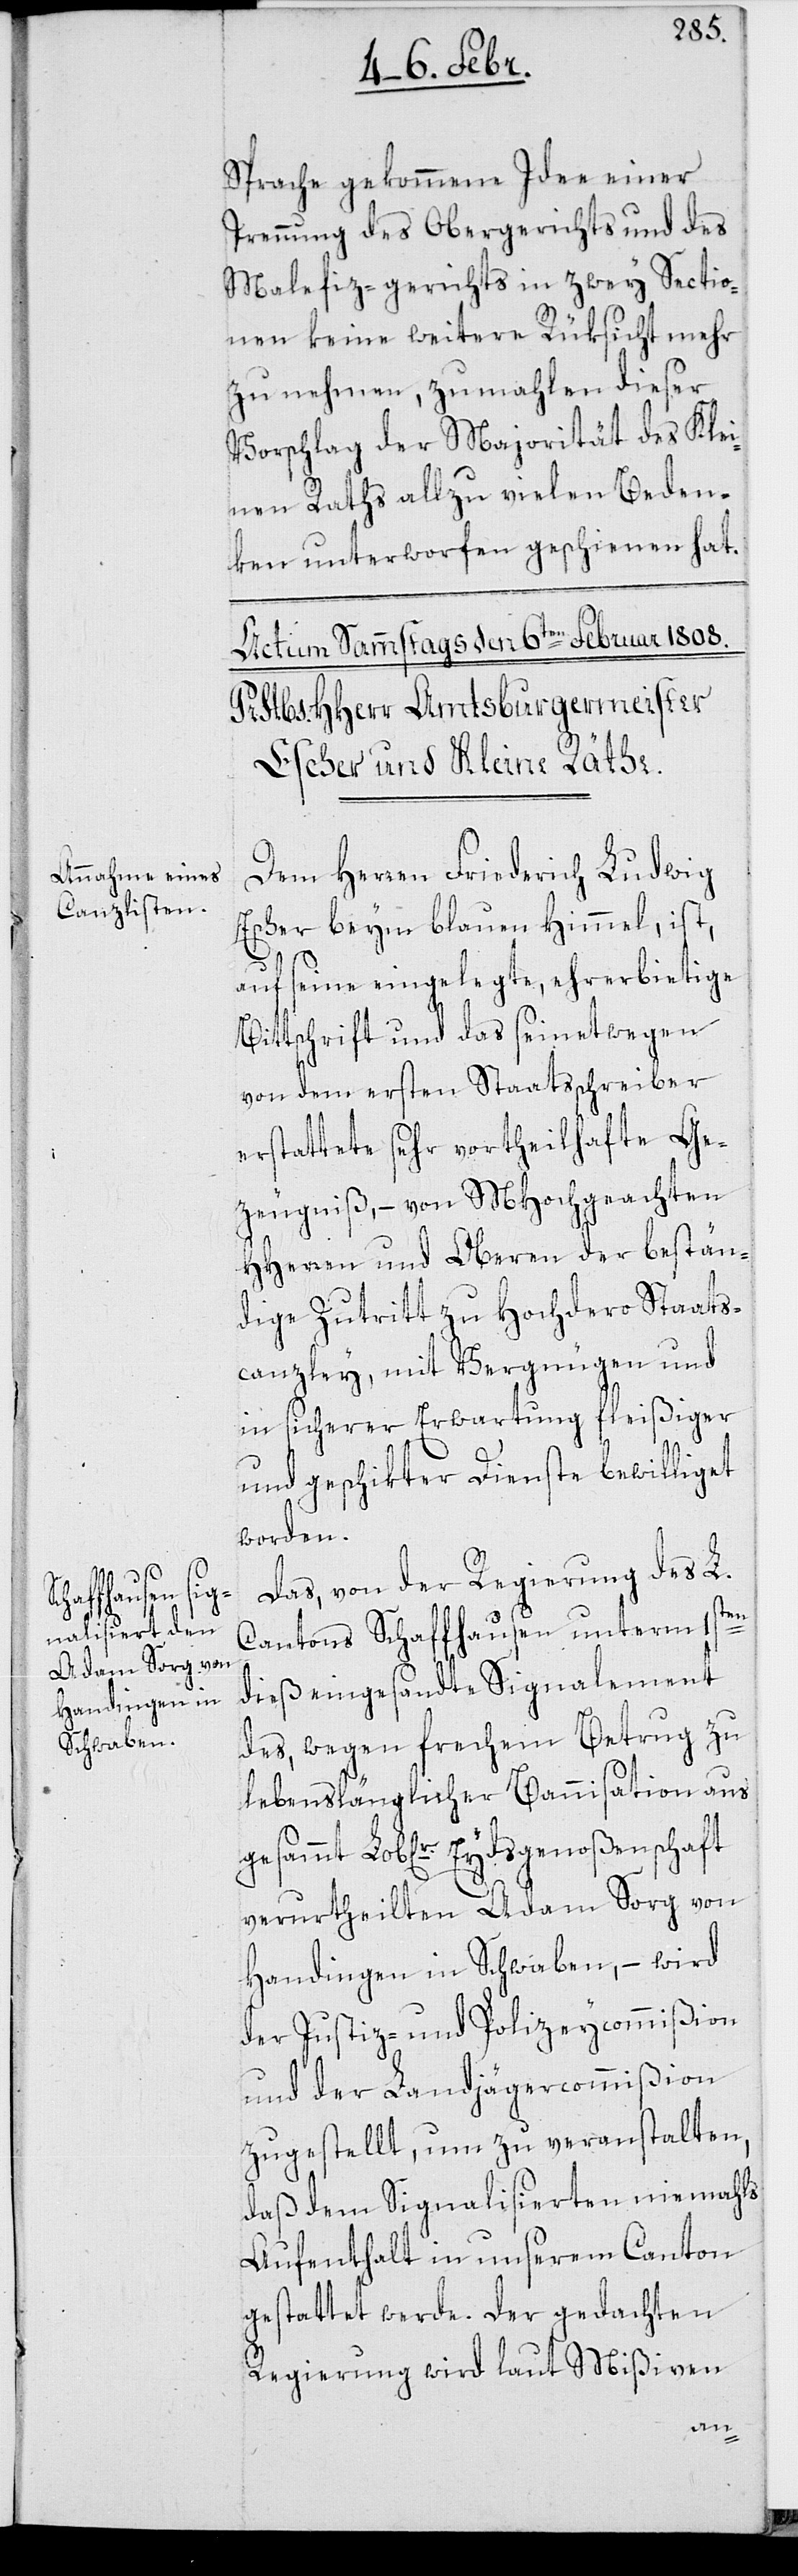
Sprache gekommene Idee einer
Trennung des Obergerichts und des
Malefiz-Gerichts in zwey Sectio¬
nen keine weitere Rüksicht mehr
zu nehmen, zumahlen dieser
Vorschlag der Majorität des Klei¬
nen Raths allzu vielen Beden¬
ken unterworfen geschienen hat.
Dem Herren Friederich Ludwig
Escher beym Blauen Himmel, ist
auf seine eingelegte ehrerbietige
Bittschrift und das seinetwegen
von dem ersten Staatsschreiber
erstattete sehr vortheilhafte Ge¬
zeugnis, – von MHochgeachten
HHerren und Oberen der bestän¬
dige Zutritt zu Hochdero Staats¬
canzley, mit Vergnügen und
in sicherer Erwartung fleißiger
und geschikter Dienste bewilliget
worden.
Das, von der Regierung des L.
Cantons Schaffhausen unterm 1sten
dieß eingesandte Signalement
des, wegen frechem Betrug zu
lebenslänglicher Bannisation aus
verurtheilten Adam Sorg von
Handingen in Schwaben, – wird
der Justiz- und Polizeycommißion
und der Landjägercommißion
zugestellt, um zu veranstalten,
daß dem Signalisierten niemahls
Aufenthalt in unserem Canton
gestattet werde. Der gedachten
Regierung wird laut Mißiven